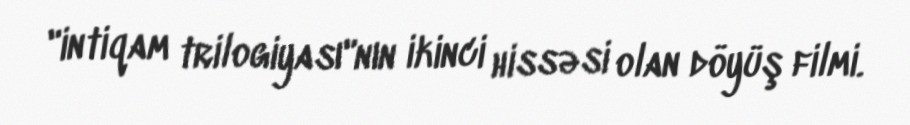
"intiqam trilogiyası"nın ikinci hissəsi olan döyüş filmi.